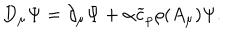
LaTeX: D _ { \mu } \Psi = \partial _ { \mu } \Psi + \alpha \widetilde { c } _ { \rho } \rho ( A _ { \mu } ) \Psi .